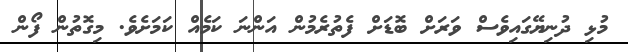
މުޅި ދުނިޔޭގައިވެސް ވަރަށް ބޮޑަށް ފެތުރެމުން އަންނަ ކަމެއް ކަމަށެވެ. މިގޮތުން ފޯން